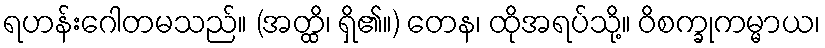
ရဟန်းဂေါတမသည်။ (အတ္ထိ၊ ရှိ၏။) တေန၊ ထိုအရပ်သို့။ ဝိစက္ခုကမ္မာယ၊